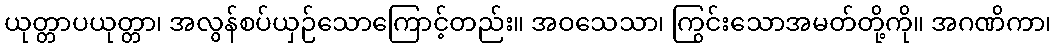
ယုတ္တာပယုတ္တာ၊ အလွန်စပ်ယှဉ်သောကြောင့်တည်း။ အဝသေသာ၊ ကြွင်းသောအမတ်တို့ကို။ အဂဏိကာ၊